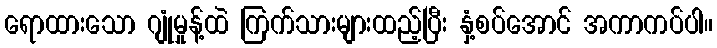
ရောထားသော ဂျုံမှုန့်ထဲ ကြက်သားများထည့်ပြီး နှံ့စပ်အောင် အကာကပ်ပါ။